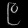
Digit: ၉